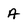
Character: A